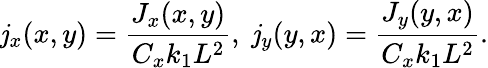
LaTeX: \mathit{j}_{x}(x,y)=\frac{{J_{x}(x,y)}}{{C_{x}k_{1}L^{2}}},\; \mathit{j}_{y}(y,x)=\frac{{J_{y}(y,x)}}{{C_{x}k_{1}L^{2}}}.